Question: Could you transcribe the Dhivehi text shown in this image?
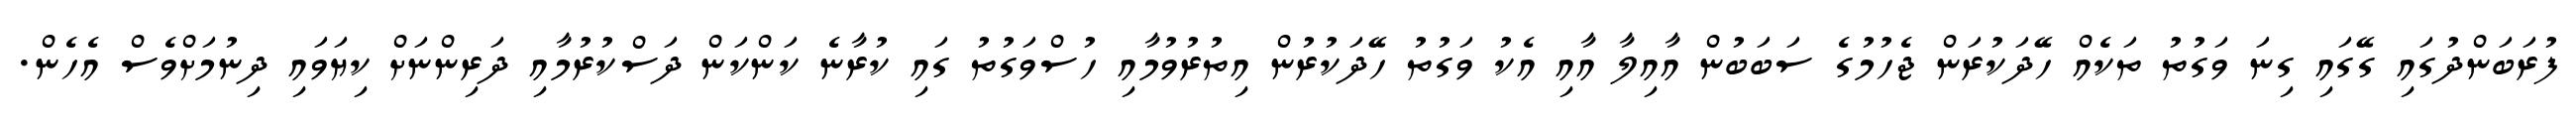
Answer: ފުރަބަންދުގައި ގޭގައި ގިނަ ވަގުތު ތަކެއް ހޭދަކުރަން ޖެހުމުގެ ސަބަބުން އާއިލާ އާއި އެކު ވަގުތު ހޭދަކުރުން އިތުރުވުމާއި ހުސްވަގުތު ގައި ކުރާނެ ކަންކަން ދަސްކުރުމާއި ދަރިންނަށް ކިޔަވައި ދިނުމަށްވެސް އެހެން.